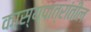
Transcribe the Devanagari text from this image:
कास्यपात्रांतील